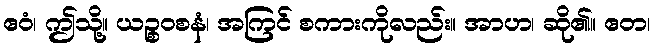
ဧဝံ၊ ဤသို့။ ယဉ္စဝစနံ၊ အကြင် စကားကိုလည်း။ အာဟ၊ ဆို၏။ ဧတ၊